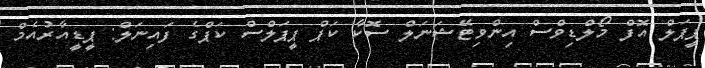
ޕީޕަލް އޮފް މޯލްޑިވްސް އިންވިޓޭޝަނަލް ސޮކާ ކަޕް ޕީޕަލްސް ކަޕްގެ ފައިނަލް: ޕީޑީއާރުއެމް